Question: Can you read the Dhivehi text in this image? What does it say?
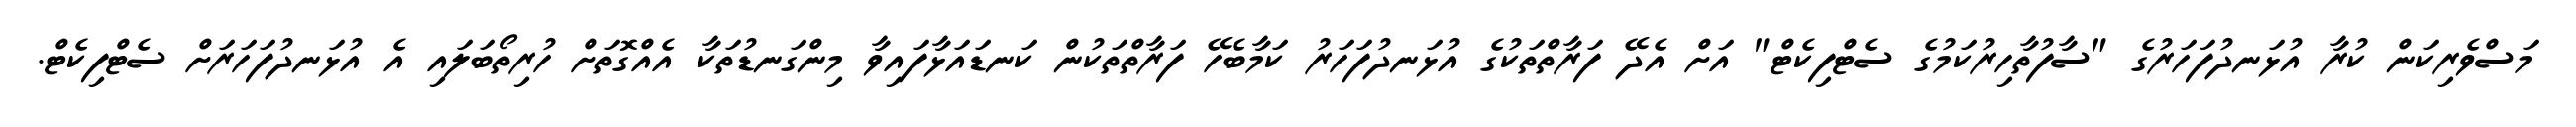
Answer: މަސްވެރިކަން ކުރާ އުޅަނދުފަހަރުގެ "ސާފުތާހިރުކަމުގެ ސެޓްފިކެޓް" އަށް އެދޭ ފަރާތްތަކުގެ އުޅަނދުފަހަރު ކަމާބެހޭ ފަރާތްތަކުން ކަނޑައަޅާފައިވާ މިންގަނޑުތަކާ އެއްގޮތަށް ހުރިތޯބަލައި އެ އުޅަނދުފަހަރަށް ސެޓްފިކެޓް.